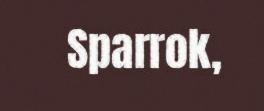
Sparrok,